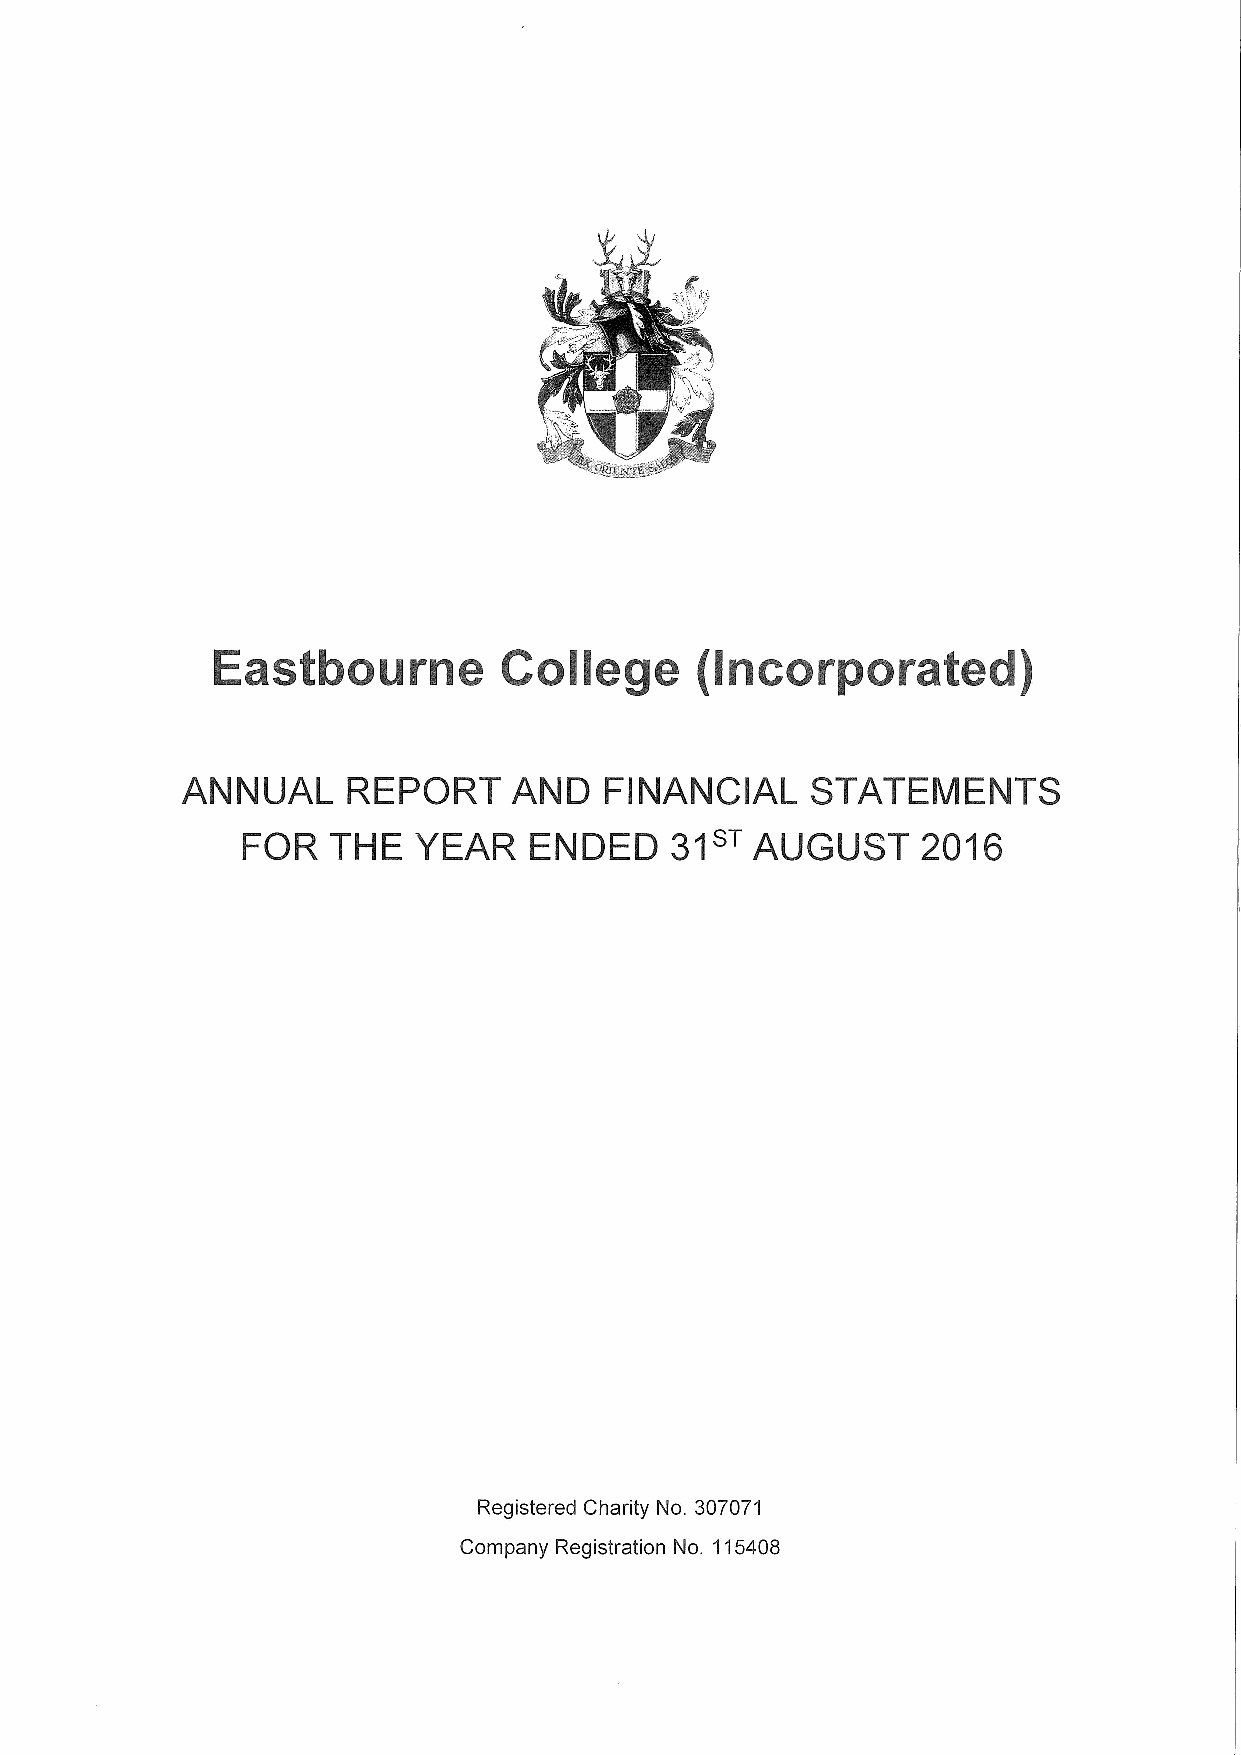
Eastbourne         College      (Incorporated)
 ANNUAL     REPORT     AND   FINANCIAL     STATEMENTS
 FOR   THE  YEAR    ENDED    3'IsT AUGUST     2016
 Registered Charity No. 307071
 Company Registration No. 115408